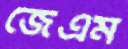
জেএম